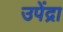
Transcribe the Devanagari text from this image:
उपेंद्रा